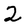
Character: 2